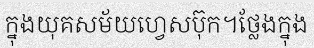
ក្នុងយុគសម័យហ្វេសប៊ុក។ថ្លែងក្នុង